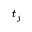
t _ { j }